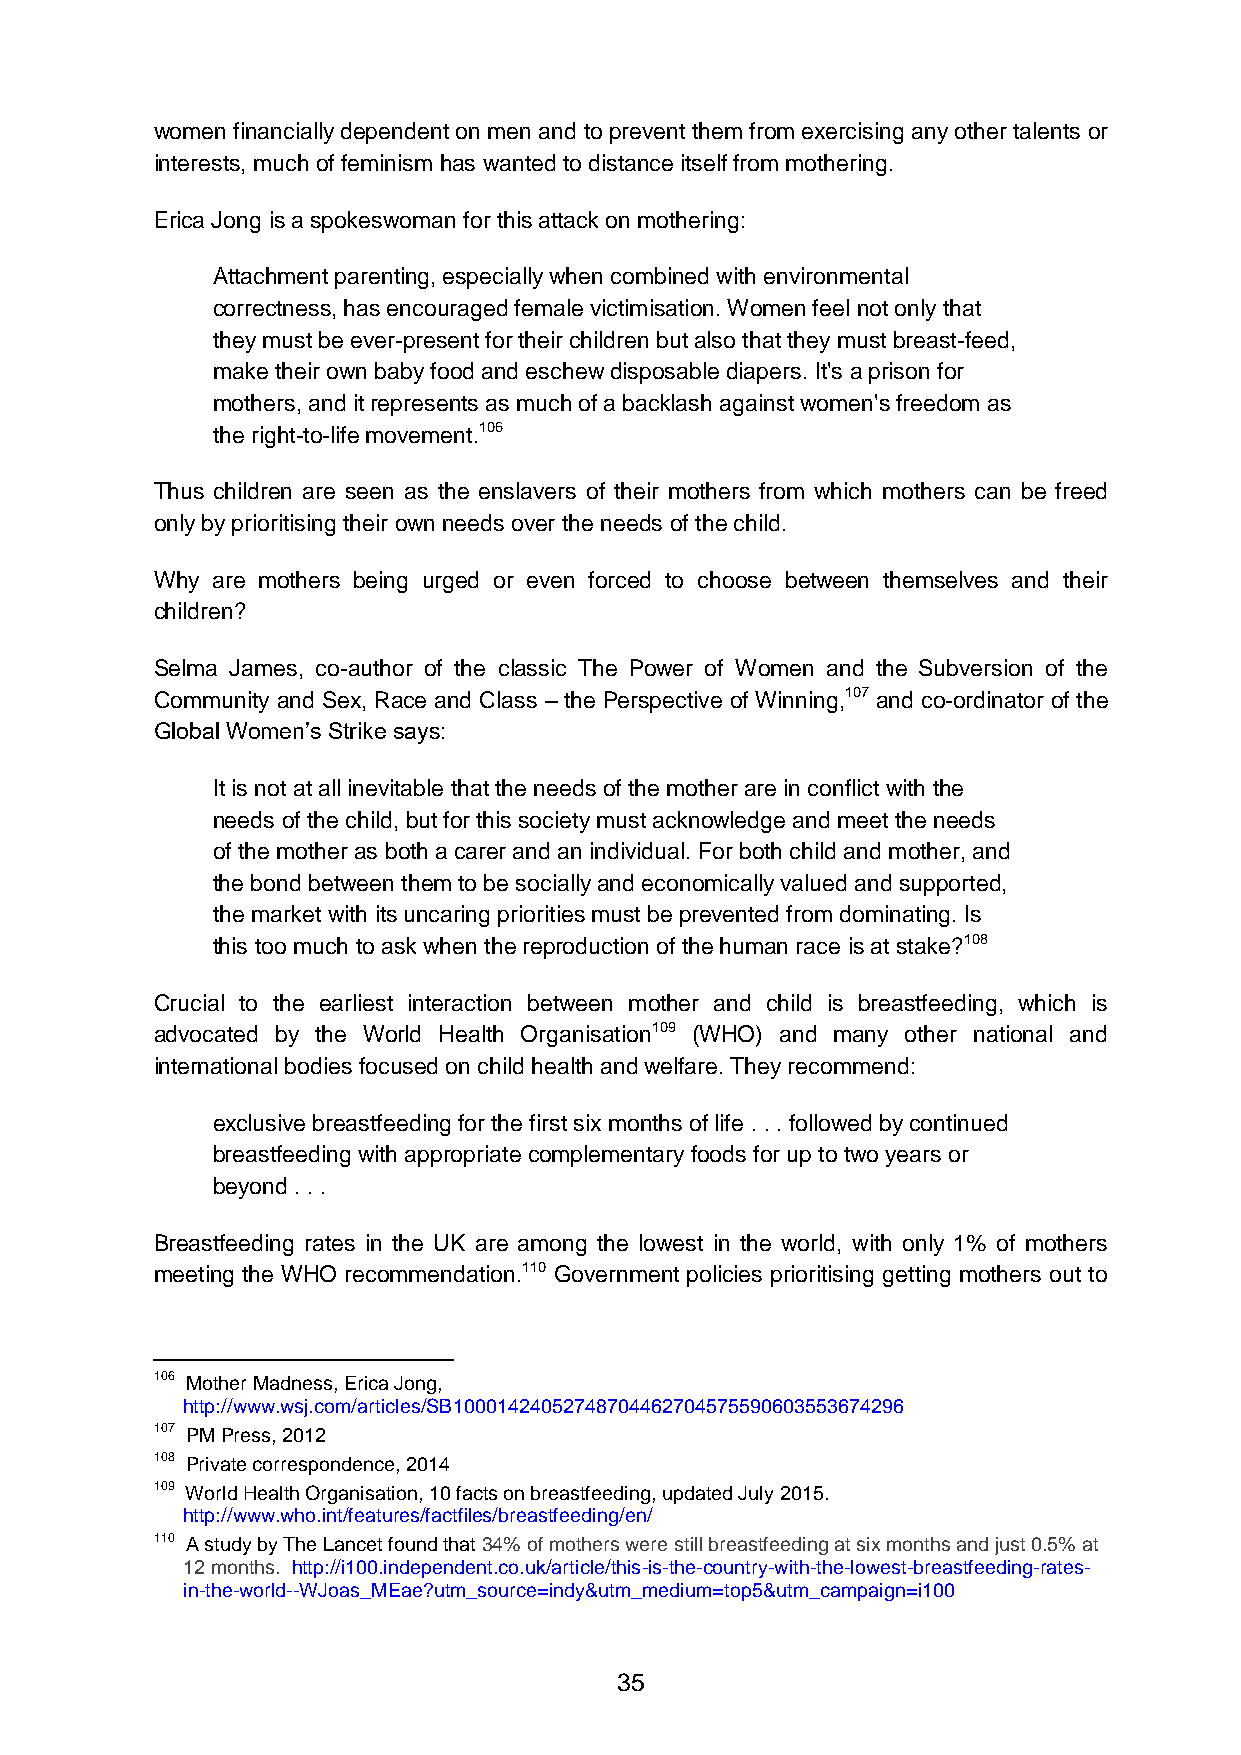
women financially dependent on men and to prevent them from exercising any other talents or
 interests, much of feminism has wanted to distance itself from mothering.
 Erica Jong is a spokeswoman for this attack on mothering:
 Attachment parenting, especially when combined with environmental
 correctness, has encouraged female victimisation. Women feel not only that
 they must be ever-present for their children but also that they must breast-feed,
 make their own baby food and eschew disposable diapers. It's a prison for
 mothers, and it represents as much of a backlash against women's freedom as
 the right-to-life movement.106
 Thus children are seen as the enslavers of their mothers from which mothers can be freed
 only by prioritising their own needs over the needs of the child.
 Why are mothers being urged or even forced to choose between themselves and their
 children?
 Selma James, co-author of the classic The Power of Women and the Subversion of the
 Community and Sex, Race and Class – the Perspective of Winning,107 and co-ordinator of the
 Global Women’s Strike says:
 It is not at all inevitable that the needs of the mother are in conflict with the
 needs of the child, but for this society must acknowledge and meet the needs
 of the mother as both a carer and an individual. For both child and mother, and
 the bond between them to be socially and economically valued and supported,
 the market with its uncaring priorities must be prevented from dominating. Is
 this too much to ask when the reproduction of the human race is at stake?108
 Crucial to the earliest interaction between mother and child is breastfeeding, which is
 advocated by the World Health Organisation109 (WHO) and many other national and
 international bodies focused on child health and welfare. They recommend:
 exclusive breastfeeding for the first six months of life . . . followed by continued
 breastfeeding with appropriate complementary foods for up to two years or
 beyond . . .
 Breastfeeding rates in the UK are among the lowest in the world, with only 1% of mothers
 meeting the WHO recommendation.110 Government policies prioritising getting mothers out to
 106 Mother Madness, Erica Jong,
 http://www.wsj.com/articles/SB10001424052748704462704575590603553674296
 107 PM Press, 2012
 108 Private correspondence, 2014
 109 World Health Organisation, 10 facts on breastfeeding, updated July 2015.
 http://www.who.int/features/factfiles/breastfeeding/en/
 110 A study by The Lancet found that 34% of mothers were still breastfeeding at six months and just 0.5% at
 12 months. http://i100.independent.co.uk/article/this-is-the-country-with-the-lowest-breastfeeding-rates-
 in-the-world--WJoas_MEae?utm_source=indy&utm_medium=top5&utm_campaign=i100
 35